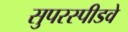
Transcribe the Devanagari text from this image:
सुपरस्पीडवे